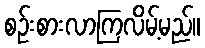
စဉ်းစားလာကြလိမ့်မည်။